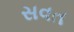
સવત